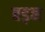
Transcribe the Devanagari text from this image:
बड़न